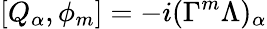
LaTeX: [Q_{\alpha},\phi_{m}]=-i(\Gamma^{m}\Lambda)_{\alpha}